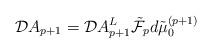
LaTeX: \begin{align*}{\cal D}A_{p+1} = {\cal D} A^{L}_{p+1} \tilde{{\cal F}}_{p} d \tilde{\mu}_{0}^{(p+1)}\end{align*}